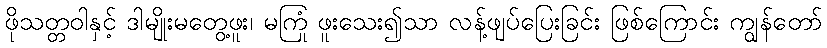
ဖိုသတ္တဝါနှင့် ဒါမျိုးမတွေ့ဖူး၊ မကြုံ ဖူးသေး၍သာ လန့်ဖျပ်ပြေးခြင်း ဖြစ်ကြောင်း ကျွန်တော်